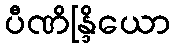
ပီဏိန္ဒြိယော